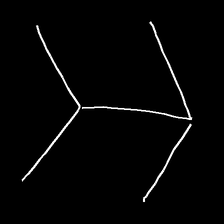
Glyph: gather